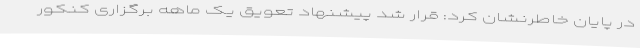
در پایان خاطرنشان کرد: قرار شد پیشنهاد تعویق یک ماهه برگزاری کنکور